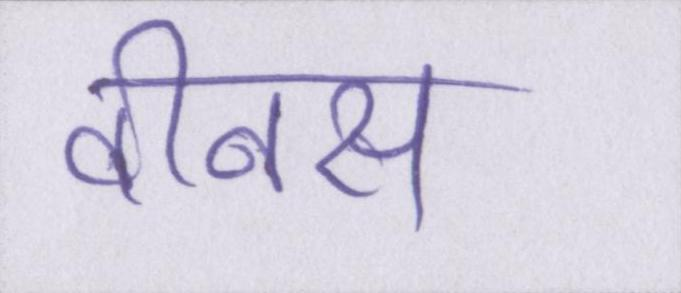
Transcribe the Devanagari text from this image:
वीनस